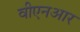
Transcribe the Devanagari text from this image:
वीएनआर